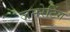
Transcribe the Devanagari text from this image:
जनरेटिंग